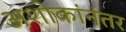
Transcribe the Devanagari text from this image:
अशोकांनंतर